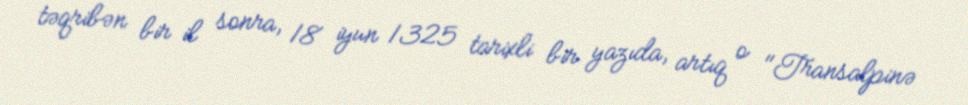
təqribən bir il sonra, 18 iyun 1325 tarixli bir yazıda, artıq o "Transalpinə